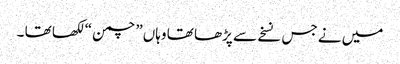
میں نے جس نسخے سے پڑھا تھا وہاں” چمن “ لکھا تھا ۔